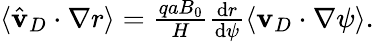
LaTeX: \begin{array}{r}{\langle\hat{\mathbf{v}}_{D}\cdot\nabla r\rangle=\frac{qaB_{0}}{H}\frac{\mathrm{d}r}{\mathrm{d}\psi}\langle\mathbf{v}_{D}\cdot\nabla\psi\rangle.}\end{array}